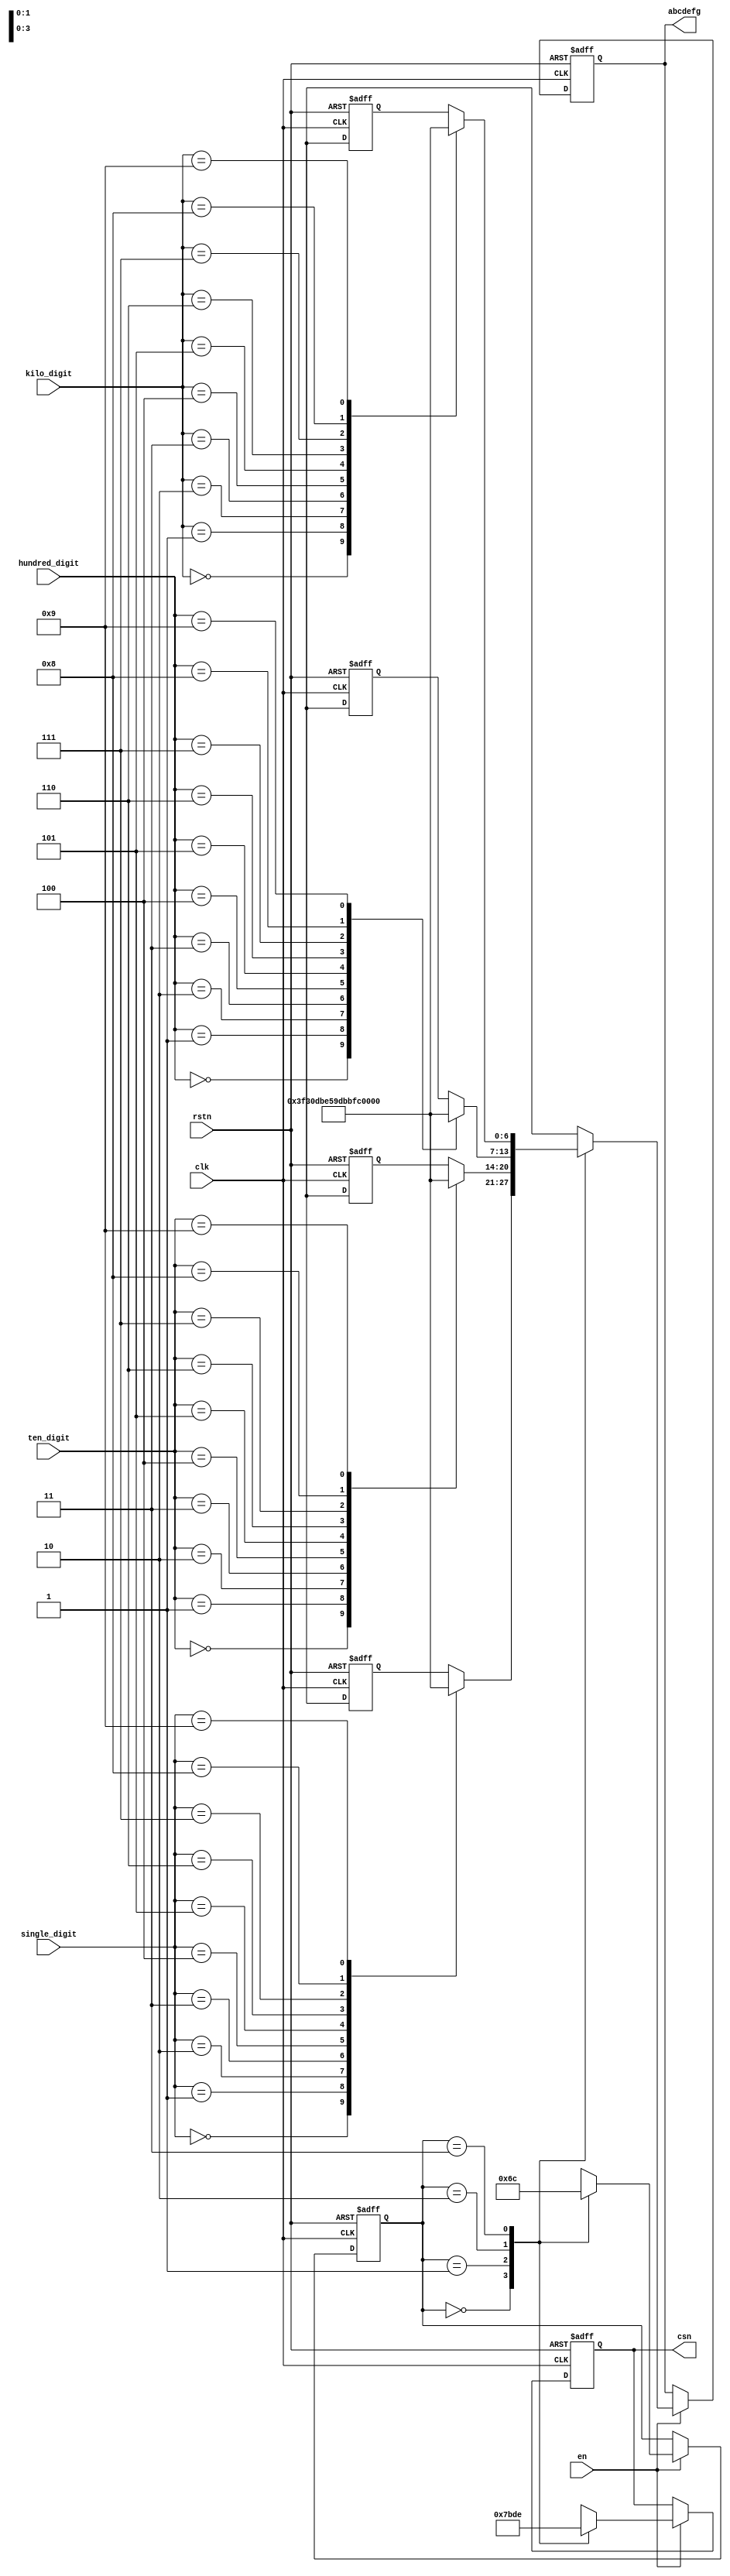
module digital_tube
     (
      input             clk ,
      input             rstn ,
      input             en ,

      input [3:0]       single_digit ,
      input [3:0]       ten_digit ,
      input [3:0]       hundred_digit ,
      input [3:0]       kilo_digit ,

      output reg [3:0]  csn , //chip select, low-available
      output reg [6:0]  abcdefg        //light control
      );

   reg [1:0]            scan_r ;  //scan_ctrl
   always @ (posedge clk or negedge rstn) begin
      if(!rstn)begin
         csn            <= 4'b1111;
         abcdefg        <= 'd0;
         scan_r         <= 3'd0;
      end
      else if (en) begin
         case(scan_r)
           2'd0:begin
              scan_r    <= 3'd1;
              csn       <= 4'b0111;     //select single digit
              abcdefg   <= dt_translate(single_digit);
           end
           2'd1:begin
              scan_r    <= 3'd2;
              csn       <= 4'b1011;     //select ten digit
              abcdefg   <= dt_translate(ten_digit);
           end
           2'd2:begin
              scan_r    <= 3'd3;
              csn       <= 4'b1101;     //select hundred digit
              abcdefg   <= dt_translate(hundred_digit);
           end
           2'd3:begin
              scan_r    <= 3'd0;
              csn       <= 4'b1110;     //select kilo digit
              abcdefg   <= dt_translate(kilo_digit);
           end
         endcase
      end
   end

   /*------------ translate function -------*/
   function [6:0] dt_translate;
      input [3:0]   data;
      begin
         case(data)
           4'd0: dt_translate = 7'b1111110;     //number 0 -> 0x7e
           4'd1: dt_translate = 7'b0110000;     //number 1 -> 0x30
           4'd2: dt_translate = 7'b1101101;     //number 2 -> 0x6d
           4'd3: dt_translate = 7'b1111001;     //number 3 -> 0x79
           4'd4: dt_translate = 7'b0110011;     //number 4 -> 0x33
           4'd5: dt_translate = 7'b1011011;     //number 5 -> 0x5b
           4'd6: dt_translate = 7'b1011111;     //number 6 -> 0x5f
           4'd7: dt_translate = 7'b1110000;     //number 7 -> 0x70
           4'd8: dt_translate = 7'b1111111;     //number 8 -> 0x7f
           4'd9: dt_translate = 7'b1111011;     //number 9 -> 0x7b
         endcase
      end
   endfunction

endmodule